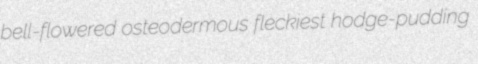
bell-flowered osteodermous fleckiest hodge-pudding